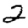
Digit: 2